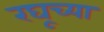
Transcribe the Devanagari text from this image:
रघूच्या